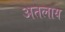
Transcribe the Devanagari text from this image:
अतलाय